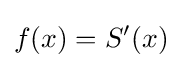
f(x)=S'(x)